Reports on dispensaries and lunatic asylums in the Province of Oudh - 1869-1876
Year: 1869
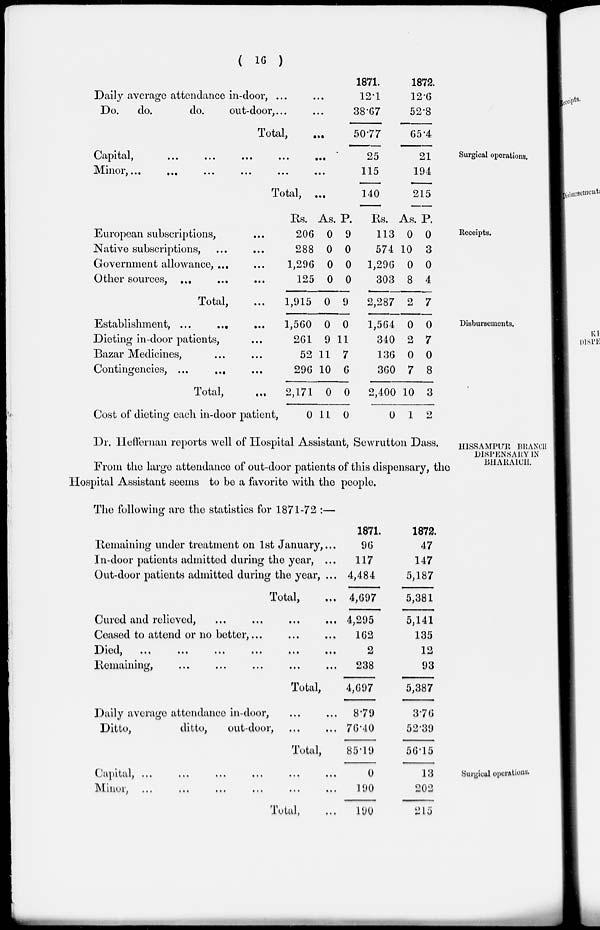
( 16 )
Daily average attendance in-door, ... ...
Do.
do.
do.
out-door, ... ...
Total,
...
1871.
12.1
38.67
50.77
1872.
12.6
52.8
65.4
Surgical operations.
Capital,
...
...
...
...
...
Minor
,
...
...
...
...
...
Total, ...
25
115
140
21
194
215
Receipts.
European subscriptions, ...
Native subscriptions, ... ...
Government allowance, ... ...
Other sources, ... ... ...
Total, ...
Rs.
206
288
1,296
125
1,915
As.
0
0
0
0
0
P.
9
0
0
0
9
Rs.
113
574
1,296
303
2,287
As.
0
10
0
8
2
P.
0
3
0
4
7
Disbursements.
Establishment, ...
...
...
Dieting in-door patients, ...
Bazar Medicines, ... ...
Contingencies, ...
... ...
Total,
...
Cost of dieting each in-door patient,
1,560
261
52
296
2,171
0
0
9
11
10
0
11
0
11
7
6
0
0
1,564
340
136
360
2,400
0
0
2
0
7
10
1
0
7
0
8
3
2
HISSAMPUR BRANCH
DISPENSARY IN
BHARAICH.
Dr. Hoffernan reports well of Hospital Assistant, Sewrutton Dass.
From the large attendance of out-door patients of this dispensary, the
Hospital Assistant seems to be a favorite with the people.
The following are the statistics for 1871-72 :—
Remaining under treatment on 1st January, ...
In-door patients admitted during the year, ...
Out-door patients admitted during the year, ...
Total, ...
Cured and relieved, ... ... ... ...
Ceased to attend or no better, ... ... ...
Died,
...
...
...
...
...
...
...
Remaining, ... ... ... ... ...
Total,
Daily average attendance in-door, ... ...
Ditto,
ditto,
out-door, ... ...
Total,
1871.
96
117
4,484
4,697
4,295
162
2
238
4,697
8.79
76.40
85.19
1872.
47
147
5,187
5,381
5,141
135
12
93
5,387
3.76
52.39
56.15
Surgical operations.
Capital,
...
...
...
...
...
...
Minor, ... ... ... ... ... ...
Total, ...
0
190
190
13
202
215